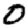
Digit: 0